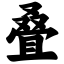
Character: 叠